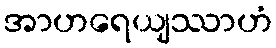
အာဟရေယျဿာဟံ